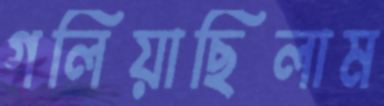
গলিয়াছিলাম